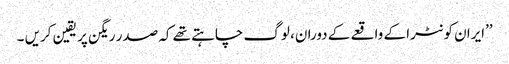
’’ایران کونٹرا کے واقعے کے دوران، لوگ چاہتے تھے کہ صدر ریگن پر یقین کریں ۔